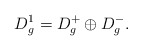
\begin{align*}D_g^1 = D_g^+ \oplus D_g^-.\end{align*}